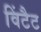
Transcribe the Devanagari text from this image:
विंटैट